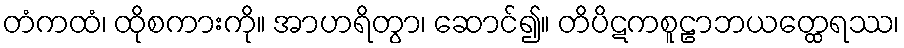
တံကထံ၊ ထိုစကားကို။ အာဟရိတွာ၊ ဆောင်၍။ တိပိဋကစူဠာဘယတ္ထေရဿ၊